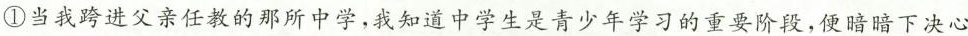
①当我跨进父亲任教的那所中学，我知道中学生是青少年学习的重要阶段，便暗暗下决心